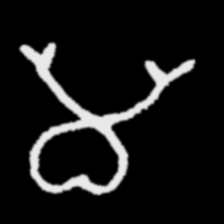
Pyu character \u2014 Myanmar letter: မ (romanized: ma)